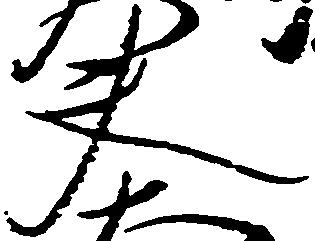
夫